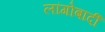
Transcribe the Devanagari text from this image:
लांगोबार्दी